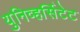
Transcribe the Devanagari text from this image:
युनिव्हर्सिटेट